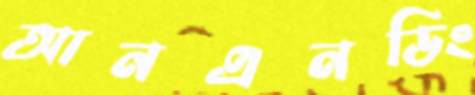
আনএনডিং